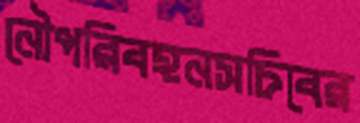
নৌপরিবহনসচিবের